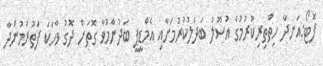
ފޮޓޯ:އަނދާ ހިތްތިރިކުރުމުގެ އުސޫލު ބަދަލުކުރުމަށާއި އެމްޑީޕީ ބަދުނާމުވާ ގޮތަށް ދޮގު ވާހަކަ ފަތުރަމުންދާ